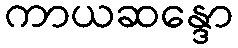
ကာယဆန္ဒော